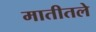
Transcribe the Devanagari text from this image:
मातीतले